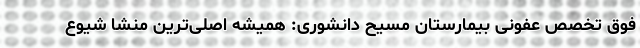
فوق تخصص عفونی بیمارستان مسیح دانشوری: همیشه اصلی‌ترین منشا شیوع